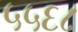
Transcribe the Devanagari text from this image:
५५६८